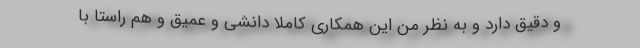
و دقیق دارد و به نظر من این همکاری کاملا دانشی و عمیق و هم راستا با